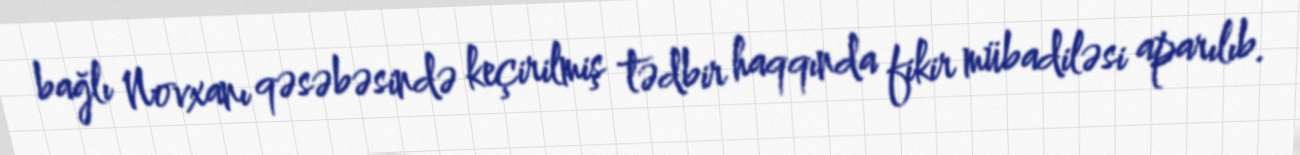
bağlı Novxanı qəsəbəsində keçirilmiş tədbir haqqında fikir mübadiləsi aparılıb.